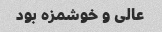
عالی و خوشمزه بود